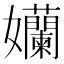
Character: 孏